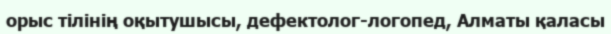
орыс тілінің оқытушысы, дефектолог-логопед, Алматы қаласы